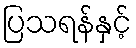
ပြသရန်နှင့်